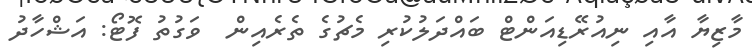
މާޒިޔާ އާއި ނިއުރޭޑިއަންޓް ބައްދަލުކުރި މެޗުގެ ތެރެއިން  ވަގުތު ފޮޓޯ: އަޝްހާދު